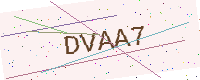
Text: DVAA7